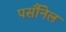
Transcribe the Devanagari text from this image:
पर्सौनेल